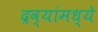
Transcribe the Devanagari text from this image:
द्रव्यांमध्ये